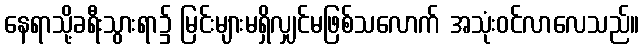
နေရာသို့ခရီးသွားရာ၌ မြင်းများမရှိလျှင်မဖြစ်သလောက် အသုံးဝင်လာလေသည်။